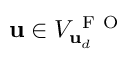
\mathbf { u } \in V _ { \mathbf { u } _ { d } } ^ { \mathrm { ~ F ~ O ~ } }